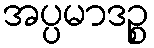
အပ္ပမာဒဉ္စ